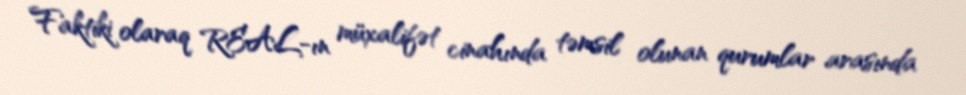
Faktiki olaraq REAL-ın müxalifət cinahında təmsil olunan qurumlar arasında